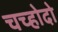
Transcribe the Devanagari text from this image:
चच्होदो